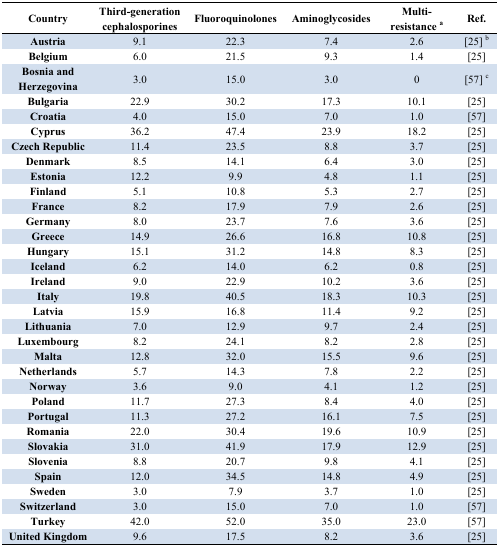
<table><thead><tr><td><b>Country</b></td><td><b>Third-generation cephalosporines</b></td><td><b>Fluoroquinolones</b></td><td><b>Aminoglycosides</b></td><td><b>Multi- resistance <sup>a</sup></b></td><td><b>Ref.</b></td></tr></thead><tbody><tr><td><b>Austria</b></td><td>9.1</td><td>22.3</td><td>7.4</td><td>2.6</td><td>[25] <sup>b</sup></td></tr><tr><td><b>Belgium</b></td><td>6.0</td><td>21.5</td><td>9.3</td><td>1.4</td><td>[25]</td></tr><tr><td><b>Bosnia and Herzegovina</b></td><td>3.0</td><td>15.0</td><td>3.0</td><td>0</td><td>[57] <sup>c</sup></td></tr><tr><td><b>Bulgaria</b></td><td>22.9</td><td>30.2</td><td>17.3</td><td>10.1</td><td>[25]</td></tr><tr><td><b>Croatia</b></td><td>4.0</td><td>15.0</td><td>7.0</td><td>1.0</td><td>[57]</td></tr><tr><td><b>Cyprus</b></td><td>36.2</td><td>47.4</td><td>23.9</td><td>18.2</td><td>[25]</td></tr><tr><td><b>Czech Republic</b></td><td>11.4</td><td>23.5</td><td>8.8</td><td>3.7</td><td>[25]</td></tr><tr><td><b>Denmark</b></td><td>8.5</td><td>14.1</td><td>6.4</td><td>3.0</td><td>[25]</td></tr><tr><td><b>Estonia</b></td><td>12.2</td><td>9.9</td><td>4.8</td><td>1.1</td><td>[25]</td></tr><tr><td><b>Finland</b></td><td>5.1</td><td>10.8</td><td>5.3</td><td>2.7</td><td>[25]</td></tr><tr><td><b>France</b></td><td>8.2</td><td>17.9</td><td>7.9</td><td>2.6</td><td>[25]</td></tr><tr><td><b>Germany</b></td><td>8.0</td><td>23.7</td><td>7.6</td><td>3.6</td><td>[25]</td></tr><tr><td><b>Greece</b></td><td>14.9</td><td>26.6</td><td>16.8</td><td>10.8</td><td>[25]</td></tr><tr><td><b>Hungary</b></td><td>15.1</td><td>31.2</td><td>14.8</td><td>8.3</td><td>[25]</td></tr><tr><td><b>Iceland</b></td><td>6.2</td><td>14.0</td><td>6.2</td><td>0.8</td><td>[25]</td></tr><tr><td><b>Ireland</b></td><td>9.0</td><td>22.9</td><td>10.2</td><td>3.6</td><td>[25]</td></tr><tr><td><b>Italy</b></td><td>19.8</td><td>40.5</td><td>18.3</td><td>10.3</td><td>[25]</td></tr><tr><td><b>Latvia</b></td><td>15.9</td><td>16.8</td><td>11.4</td><td>9.2</td><td>[25]</td></tr><tr><td><b>Lithuania</b></td><td>7.0</td><td>12.9</td><td>9.7</td><td>2.4</td><td>[25]</td></tr><tr><td><b>Luxembourg</b></td><td>8.2</td><td>24.1</td><td>8.2</td><td>2.8</td><td>[25]</td></tr><tr><td><b>Malta</b></td><td>12.8</td><td>32.0</td><td>15.5</td><td>9.6</td><td>[25]</td></tr><tr><td><b>Netherlands</b></td><td>5.7</td><td>14.3</td><td>7.8</td><td>2.2</td><td>[25]</td></tr><tr><td><b>Norway</b></td><td>3.6</td><td>9.0</td><td>4.1</td><td>1.2</td><td>[25]</td></tr><tr><td><b>Poland</b></td><td>11.7</td><td>27.3</td><td>8.4</td><td>4.0</td><td>[25]</td></tr><tr><td><b>Portugal</b></td><td>11.3</td><td>27.2</td><td>16.1</td><td>7.5</td><td>[25]</td></tr><tr><td><b>Romania</b></td><td>22.0</td><td>30.4</td><td>19.6</td><td>10.9</td><td>[25]</td></tr><tr><td><b>Slovakia</b></td><td>31.0</td><td>41.9</td><td>17.9</td><td>12.9</td><td>[25]</td></tr><tr><td><b>Slovenia</b></td><td>8.8</td><td>20.7</td><td>9.8</td><td>4.1</td><td>[25]</td></tr><tr><td><b>Spain</b></td><td>12.0</td><td>34.5</td><td>14.8</td><td>4.9</td><td>[25]</td></tr><tr><td><b>Sweden</b></td><td>3.0</td><td>7.9</td><td>3.7</td><td>1.0</td><td>[25]</td></tr><tr><td><b>Switzerland</b></td><td>3.0</td><td>15.0</td><td>7.0</td><td>1.0</td><td>[57]</td></tr><tr><td><b>Turkey</b></td><td>42.0</td><td>52.0</td><td>35.0</td><td>23.0</td><td>[57]</td></tr><tr><td><b>United Kingdom</b></td><td>9.6</td><td>17.5</td><td>8.2</td><td>3.6</td><td>[25]</td></tr></tbody></table>